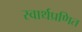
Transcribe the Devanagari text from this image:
स्वार्थप्रणित